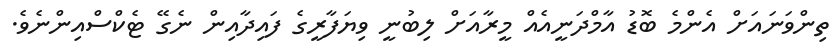
ތިންވަނައަށް އެންމެ ބޮޑު އާމްދަނީއެއް މީރާއަށް ލިބުނީ ވިޔަފާރީގެ ފައިދާއިން ނެގޭ ޓެކްސްއިންނެވެ.